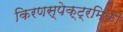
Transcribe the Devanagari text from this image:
किरणस्पेक्ट्रमिकी